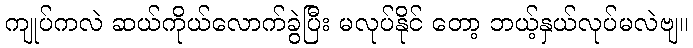
ကျုပ်ကလဲ ဆယ်ကိုယ်လောက်ခွဲပြီး မလုပ်နိုင် တော့ ဘယ့်နှယ်လုပ်မလဲဗျ။